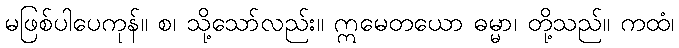
မဖြစ်ပါပေကုန်။ စ၊ သို့သော်လည်း။ ဣမေတယော ဓမ္မာ၊ တို့သည်။ ကထံ၊